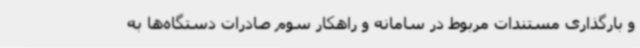
و بارگذاری مستندات مربوط در سامانه و راهکار سوم صادرات دستگاه‌ها به